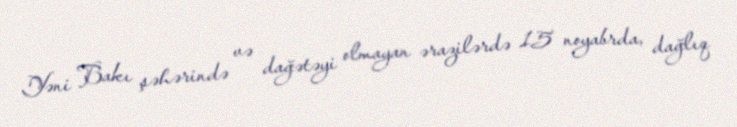
Yəni Bakı şəhərində və dağətəyi olmayan ərazilərdə 15 noyabrda, dağlıq